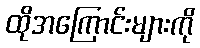
ထိုအကြောင်းများကို